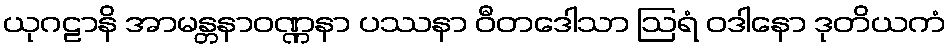
ယုဂဠာနိ အာမန္တနာဝဏ္ဏနာ ပဿနာ ဝီတဒေါသာ ဩရံ ဝဒါနော ဒုတိယကံ